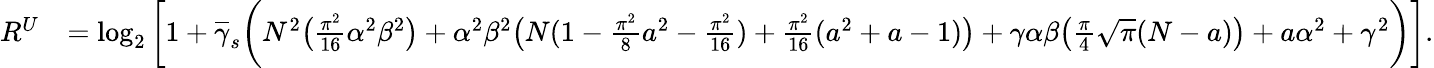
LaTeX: \begin{array}{rl}{R^{U}}&{=\log_{2}\bigg[1+\overline{{\gamma}}_{s}\bigg(N^{2}\big(\frac{\pi^{2}}{16}\alpha^{2}\beta^{2}\big)+\alpha^{2}\beta^{2}\big(N(1-\frac{\pi^{2}}{8}a^{2}-\frac{\pi^{2}}{16})+\frac{\pi^{2}}{16}(a^{2}+a-1)\big)+\gamma\alpha\beta\big(\frac{\pi}{4}\sqrt{\pi}(N-a)\big)+a\alpha^{2}+\gamma^{2}\bigg)\bigg].}\end{array}